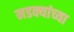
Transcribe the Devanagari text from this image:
मडक्यांच्या